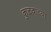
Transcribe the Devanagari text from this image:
कुळवाच्या